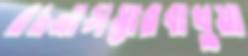
রচনাসম্ভারবাখুয়া